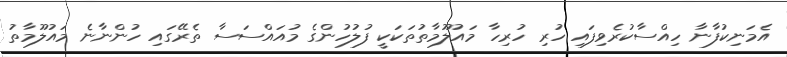
އެމަނިކުފާނާ ހިއްސާކުރެވިފައި ހުރި ހުރިހާ މައުލޫމާތުތަކަކީ ފުލުހުންގެ މުއައްސަސާ ތެރޭގައި ހުންނާނެ މައުލޫމާތު